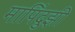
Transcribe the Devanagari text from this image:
मापिंदुझी